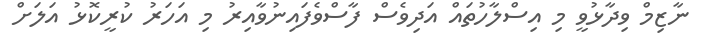
ނާޒިމް ވިދާޅުވީ މި އިސްލާހުތައް އަދިވެސް ފާސްވެފައިނުވާއިރު މި އަހަރު ކުރީކޮޅު އަލަށް